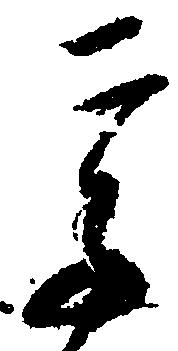
高